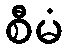
စီမံ